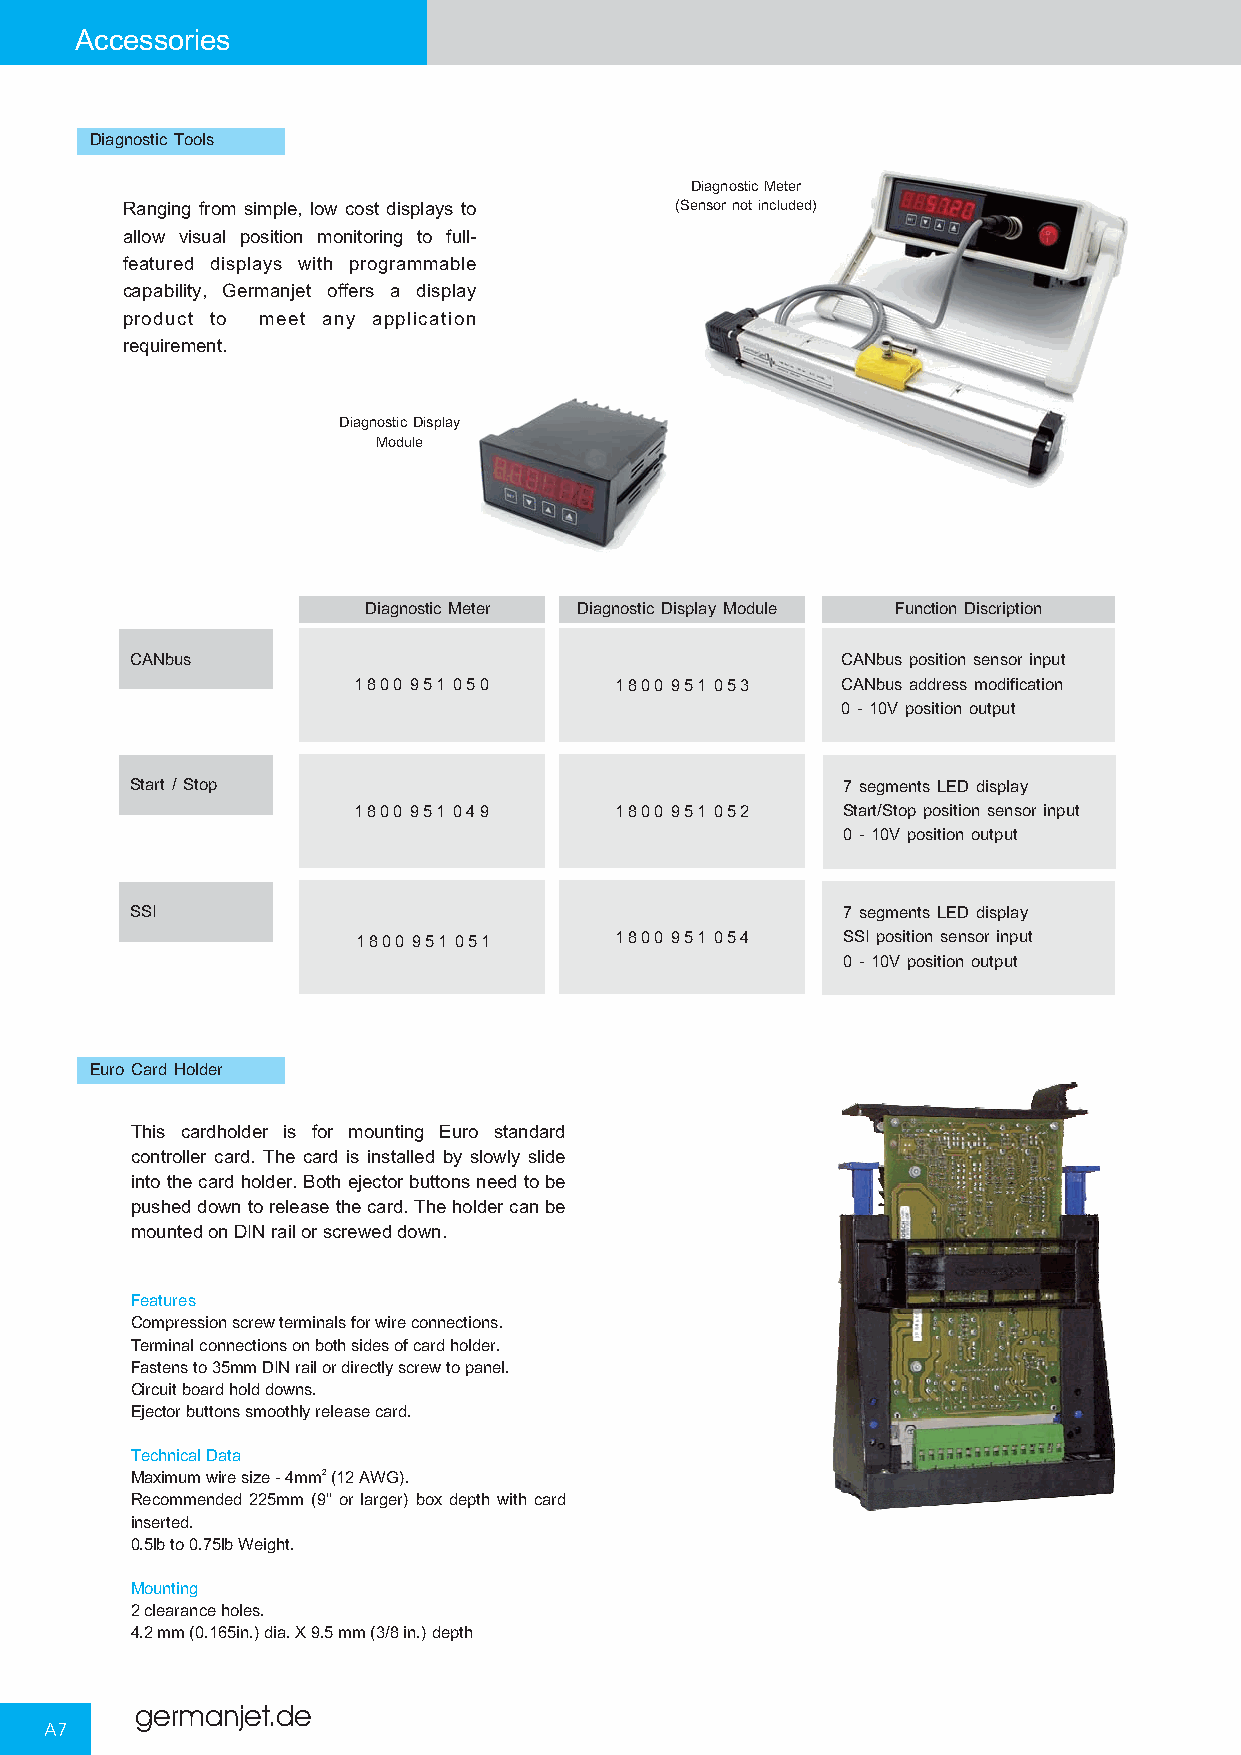
Accessories
 Diagnostic Tools
 DiagnosticMeter
 Ranging from simple, low cost displays to (Sensornotincluded)
 allow visual position monitoring to full-
 featured displays with programmable
 capability, Germanjet offers a display
 product to meet any application
 requirement.
 DiagnosticDisplay
 Module
 Diagnostic Meter Diagnostic Display Module Function Discription
 CANbus                                         CANbus position sensor input
 1800 951 050      1800 951 053   CANbus address modification
 0 - 10V position output
 Start / Stop                                   7 segments LED display
 1800 951 049      1800 951 052   Start/Stop position sensor input
 0 - 10V position output
 SSI                                            7 segments LED display
 1800 951 051     1800 951 054   SSI position sensor input
 0 - 10V position output
 Euro Card Holder
 This cardholder is for mounting Euro standard
 controller card. The card is installed by slowly slide
 intothecardholder.Bothejectorbuttonsneedtobe
 pusheddowntoreleasethecard.Theholdercanbe
 mounted on DIN rail or screwed down.
 Features
 Compression screw terminals for wire connections.
 Terminal connections on both sides of card holder.
 Fastens to 35mm DIN rail or directly screw to panel.
 Circuit board hold downs.
 Ejector buttons smoothly release card.
 Technical Data
 Maximum wire size - 4mm2(12 AWG).
 Recommended 225mm (9" or larger) box depth with card
 inserted.
 0.5lb to 0.75lb Weight.
 Mounting
 2 clearance holes.
 4.2 mm (0.165in.) dia. X 9.5 mm (3/8 in.) depth
 germanjet.de
 A7